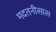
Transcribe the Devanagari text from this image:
मदतनीसास